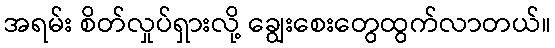
အရမ်း စိတ်လှုပ်ရှားလို့ ချွေးစေးတွေထွက်လာတယ်။